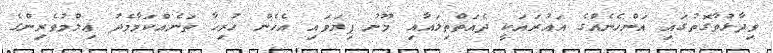
ވިދާޅުވާގޮތުގައި އަންހެނެއްގެ އަޢުރައަކީ ދެއަތްތިލައާއި މޫނު ފިޔަވައި އެހެން ހުރިހާ ތަނެއްކަމާމެދު ޢިލްމުވެރިންގެ